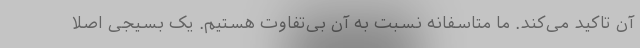
آن تاکید می‌کند. ما متاسفانه نسبت به آن بی‌تفاوت هستیم. یک بسیجی اصلا